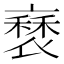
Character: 𧛿